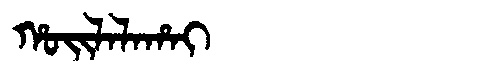
Manchu: ᡥᠣᡳᠯᠠᠯᠠᡥᠠᡳ
Romanization: HOILALAHAI